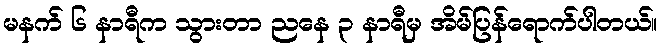
မနက် ၆ နာရီက သွားတာ ညနေ ၃ နာရီမှ အိမ်ပြန်ရောက်ပါတယ်။